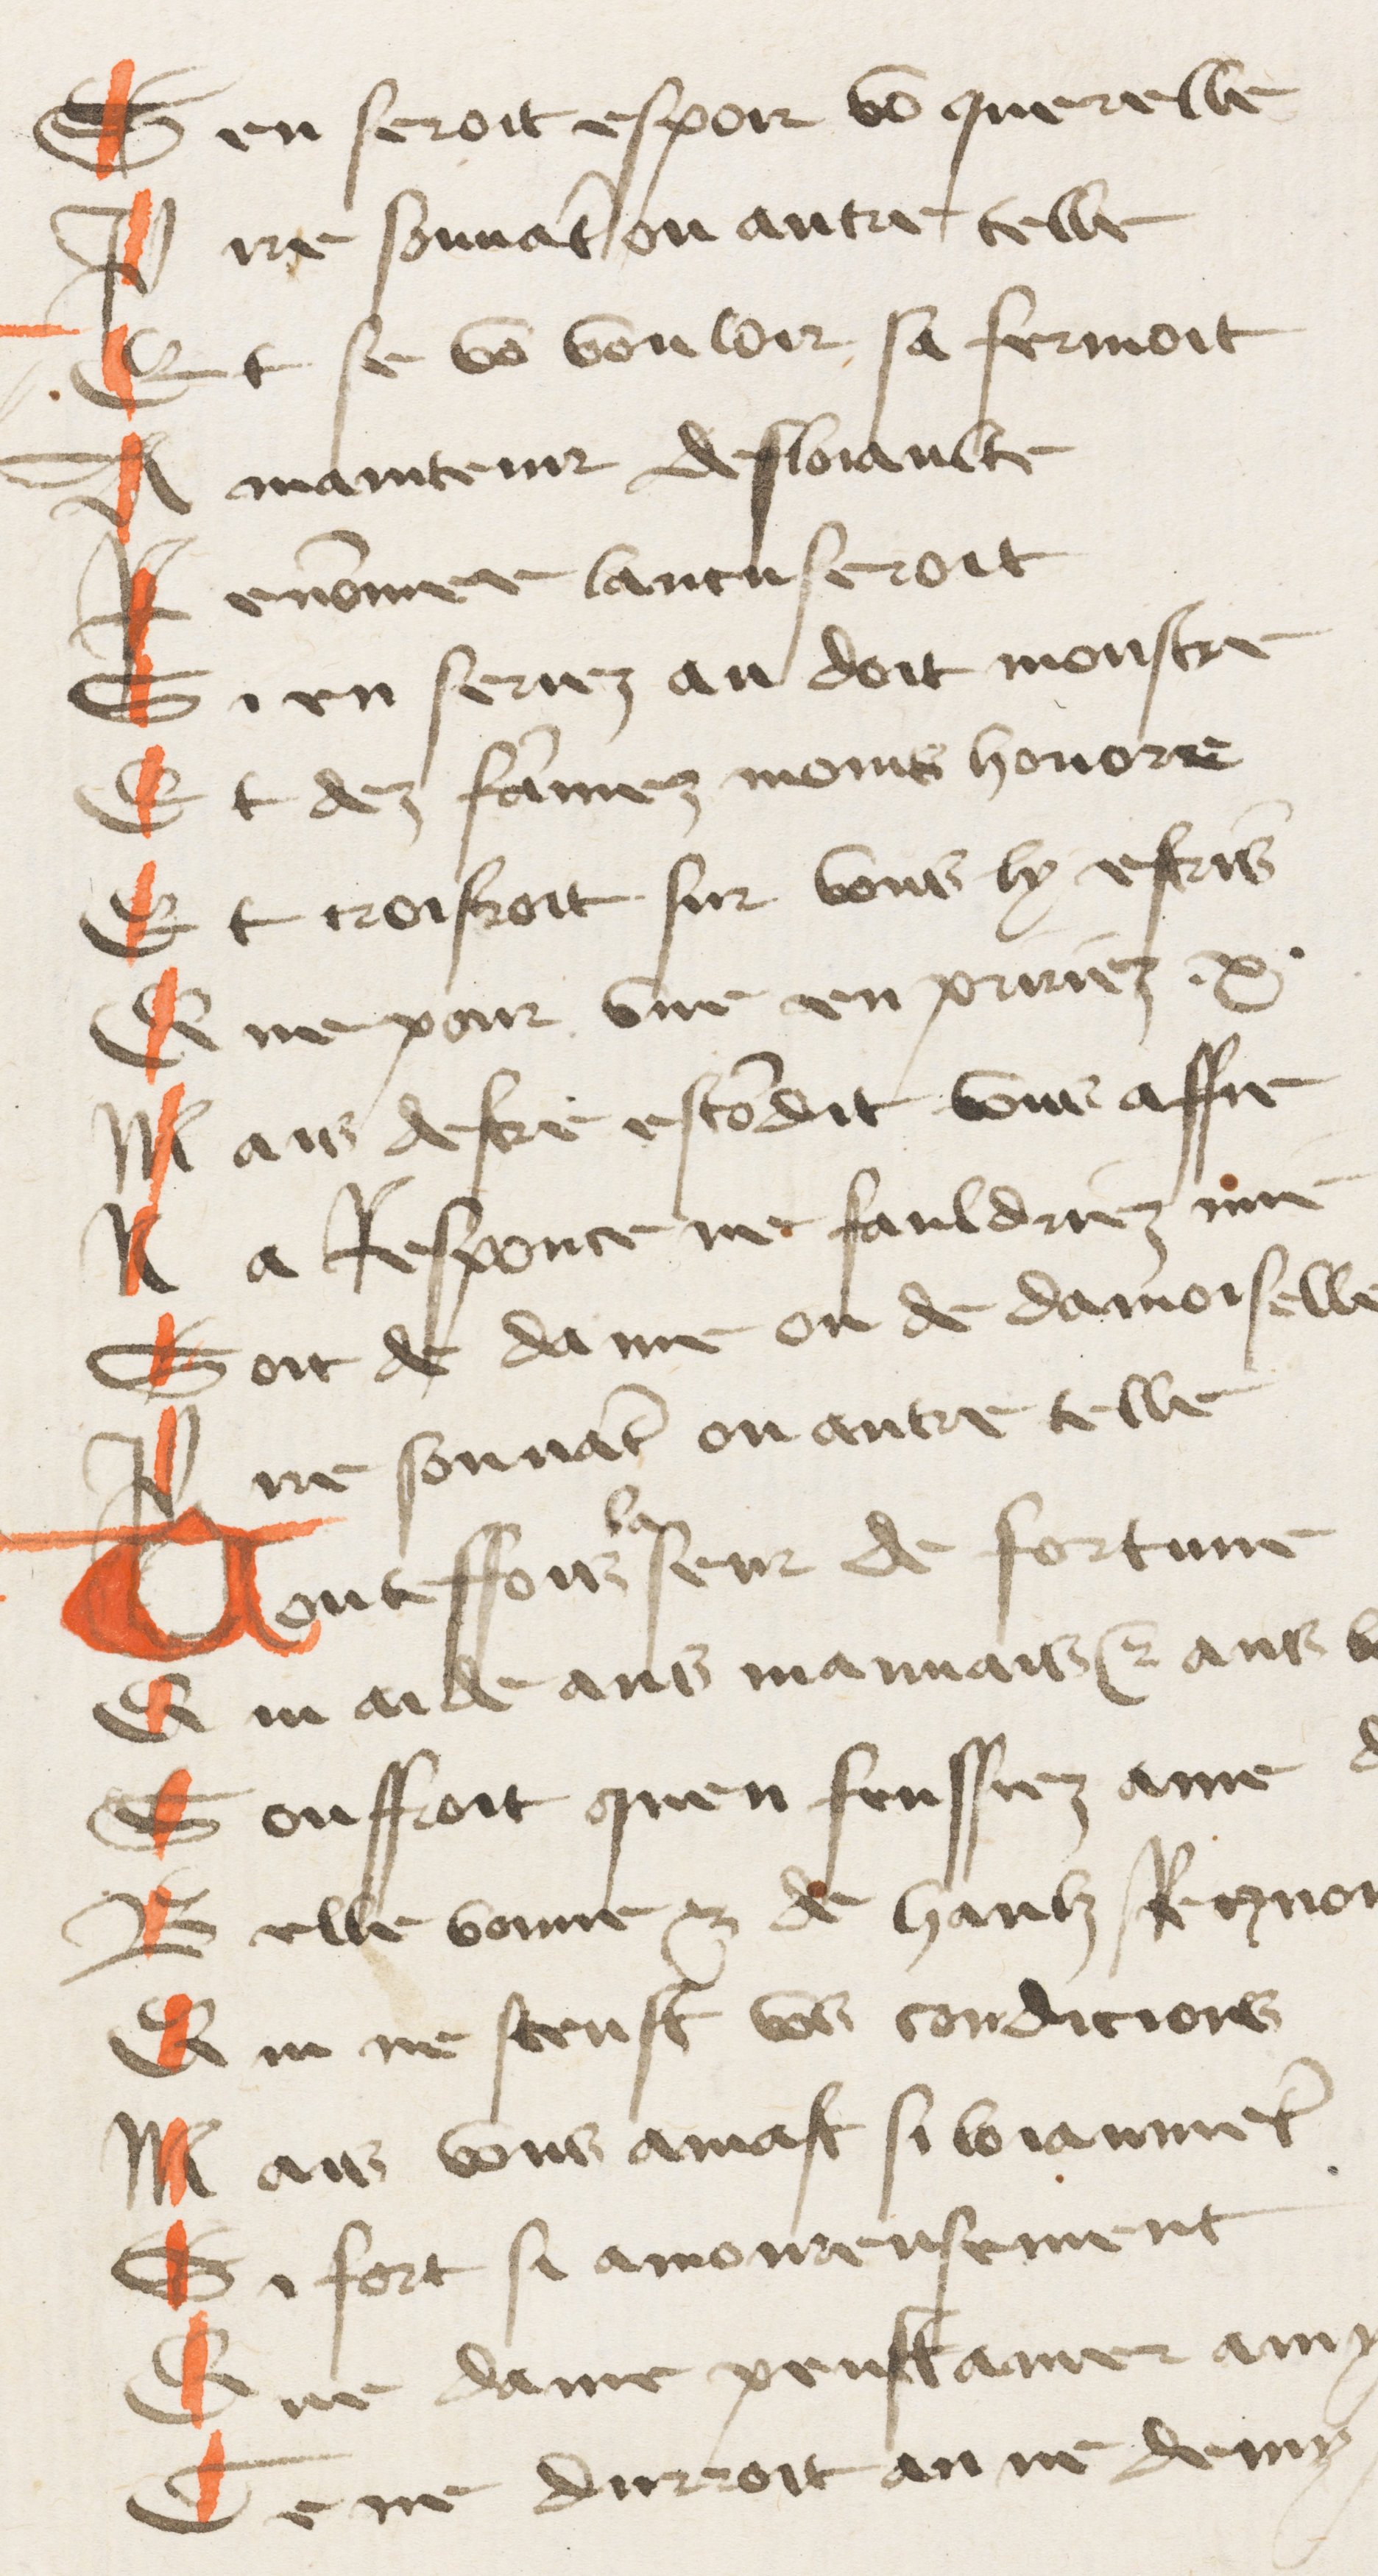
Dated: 1425–1435